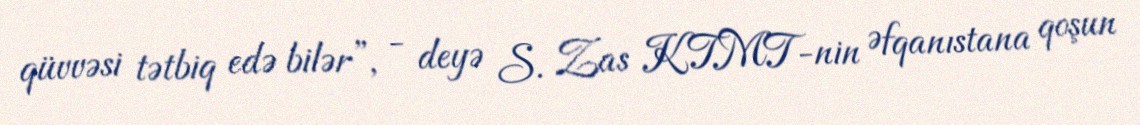
qüvvəsi tətbiq edə bilər”, - deyə S. Zas KTMT-nin Əfqanıstana qoşun